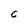
Character: C